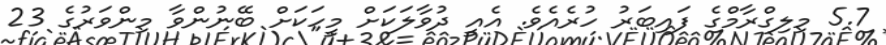
5.7 މިލިގްރާމްގެ ފައިބަރު ހުރެއެވެ. އެއީ ދުވާލަކަށް މީހަކަށް ބޭނުންވާ މިންވަރުގެ 23